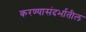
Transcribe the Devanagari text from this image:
करण्यासंदर्भातील